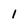
Character: 1